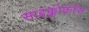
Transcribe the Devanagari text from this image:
साइक्लोक्रॉस